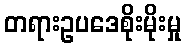
တရားဥပဒေစိုးမိုးမှု